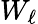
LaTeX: W_{\ell}